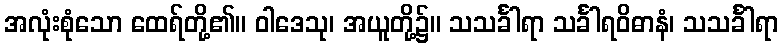
အလုံးစုံသော ထေရ်တို့၏။ ဝါဒေသု၊ အယူတို့၌။ သသင်္ခါရာ သင်္ခါရဝိဓာနံ၊ သသင်္ခါရာ